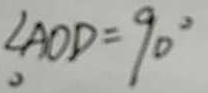
\angle A O D = 9 0 ^ { \circ }